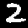
Digit: 2